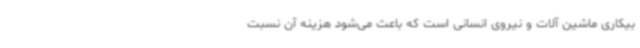
بیکاری ماشین آلات و نیروی انسانی است که باعث می‌شود هزینه آن نسبت